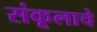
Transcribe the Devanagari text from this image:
संकूलाचे